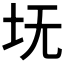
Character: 𪢸